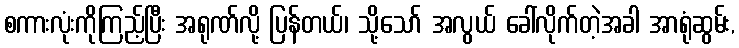
စကားလုံးကိုကြည့်ပြီး အရုဏ်လို့ ပြန်တယ်၊ သို့သော် အလွယ် ခေါ်လိုက်တဲ့အခါ အာရုံဆွမ်း,